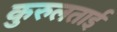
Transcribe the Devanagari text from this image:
कुरुलताई